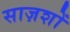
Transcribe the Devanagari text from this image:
साज़शों